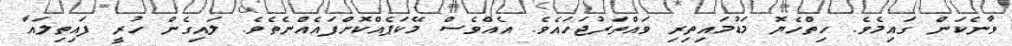
ވާނެކަން ގައިމެވެ. ހިތްހެޔޮ މަޑުމައިތިރި ވައްތަރުޖަހައެވެ. އެއްވެސް މޭކަޕެއްކޮށްފައެއްނެތެވެ. ލައިގެން ހުރީ ފައިތިލައާ